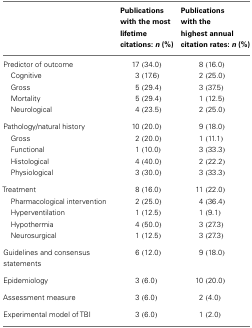
<table><thead><tr><td></td><td><b>Publications with the most lifetime citations: <i>n</i> (%)</b></td><td><b>Publications with the highest annual citation rates: <i>n</i> (%)</b></td></tr></thead><tbody><tr><td>Predictor of outcome</td><td>17 (34.0)</td><td>8 (16.0)</td></tr><tr><td> Cognitive</td><td>3 (17.6)</td><td>2 (25.0)</td></tr><tr><td> Gross</td><td>5 (29.4)</td><td>3 (37.5)</td></tr><tr><td> Mortality</td><td>5 (29.4)</td><td>1 (12.5)</td></tr><tr><td> Neurological</td><td>4 (23.5)</td><td>2 (25.0)</td></tr><tr><td>Pathology/natural history</td><td>10 (20.0)</td><td>9 (18.0)</td></tr><tr><td> Gross</td><td>2 (20.0)</td><td>1 (11.1)</td></tr><tr><td> Functional</td><td>1 (10.0)</td><td>3 (33.3)</td></tr><tr><td> Histological</td><td>4 (40.0)</td><td>2 (22.2)</td></tr><tr><td> Physiological</td><td>3 (30.0)</td><td>3 (33.3)</td></tr><tr><td>Treatment</td><td>8 (16.0)</td><td>11 (22.0)</td></tr><tr><td> Pharmacological intervention</td><td>2 (25.0)</td><td>4 (36.4)</td></tr><tr><td> Hyperventilation</td><td>1 (12.5)</td><td>1 (9.1)</td></tr><tr><td> Hypothermia</td><td>4 (50.0)</td><td>3 (27.3)</td></tr><tr><td> Neurosurgical</td><td>1 (12.5)</td><td>3 (27.3)</td></tr><tr><td>Guidelines and consensus statements</td><td>6 (12.0)</td><td>9 (18.0)</td></tr><tr><td>Epidemiology</td><td>3 (6.0)</td><td>10 (20.0)</td></tr><tr><td>Assessment measure</td><td>3 (6.0)</td><td>2 (4.0)</td></tr><tr><td>Experimental model of TBI</td><td>3 (6.0)</td><td>1 (2.0)</td></tr></tbody></table>